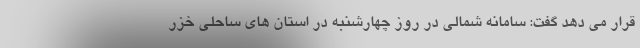
قرار می دهد گفت: سامانه شمالی در روز چهارشنبه در استان های ساحلی خزر